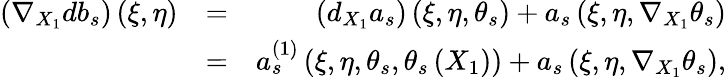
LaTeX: \begin{array}{rlr}{\left(\nabla_{X_{1}}db_{s}\right)\left(\xi,\eta\right)}&{=}&{\left(d_{X_{1}}a_{s}\right)\left(\xi,\eta,\theta_{s}\right)+a_{s}\left(\xi,\eta,\nabla_{X_{1}}\theta_{s}\right)}\\ &{=}&{a_{s}^{\left(1\right)}\left(\xi,\eta,\theta_{s},\theta_{s}\left(X_{1}\right)\right)+a_{s}\left(\xi,\eta,\nabla_{X_{1}}\theta_{s}\right),}\end{array}